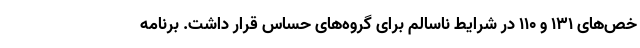
خص‌های ۱۳۱ و ۱۱۰ در شرایط ناسالم برای گروه‌های حساس قرار داشت. برنامه